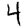
Digit: 4